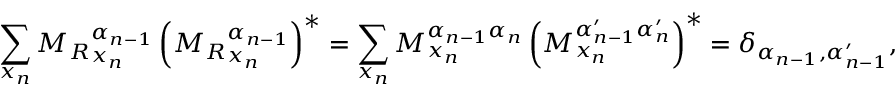
\sum _ { x _ { n } } { M _ { R } } _ { x _ { n } } ^ { \alpha _ { n - 1 } } \left( { M _ { R } } _ { x _ { n } } ^ { \alpha _ { n - 1 } } \right) ^ { * } = \sum _ { x _ { n } } M _ { x _ { n } } ^ { \alpha _ { n - 1 } \alpha _ { n } } \left( M _ { x _ { n } } ^ { \alpha _ { n - 1 } ^ { \prime } \alpha _ { n } ^ { \prime } } \right) ^ { * } = \delta _ { \alpha _ { n - 1 } , \alpha _ { n - 1 } ^ { \prime } } ,